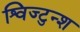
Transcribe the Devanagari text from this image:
श्विज्टुन्श